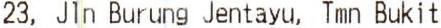
23, JIN BURUNG JENTAYU, TMN BUKIT